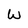
Character: W